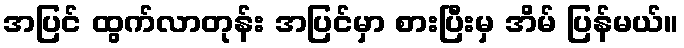
အပြင် ထွက်လာတုန်း အပြင်မှာ စားပြီးမှ အိမ် ပြန်မယ်။